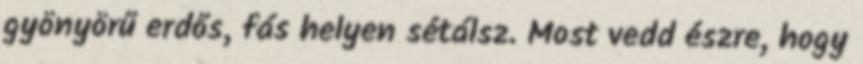
gyönyörű erdős, fás helyen sétálsz. Most vedd észre, hogy